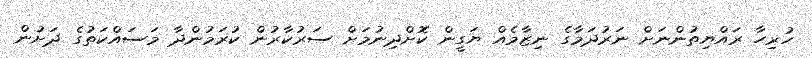
ހުރިހާ ރައްޔިތުންނަށް ނަރުދަމާގެ ނިޒާމެއް ޔަގީން ކޮށްދިނުމަށް ސަރުކާރުން ކުރަމުންދާ މަސައްކަތުގެ ދަށުން